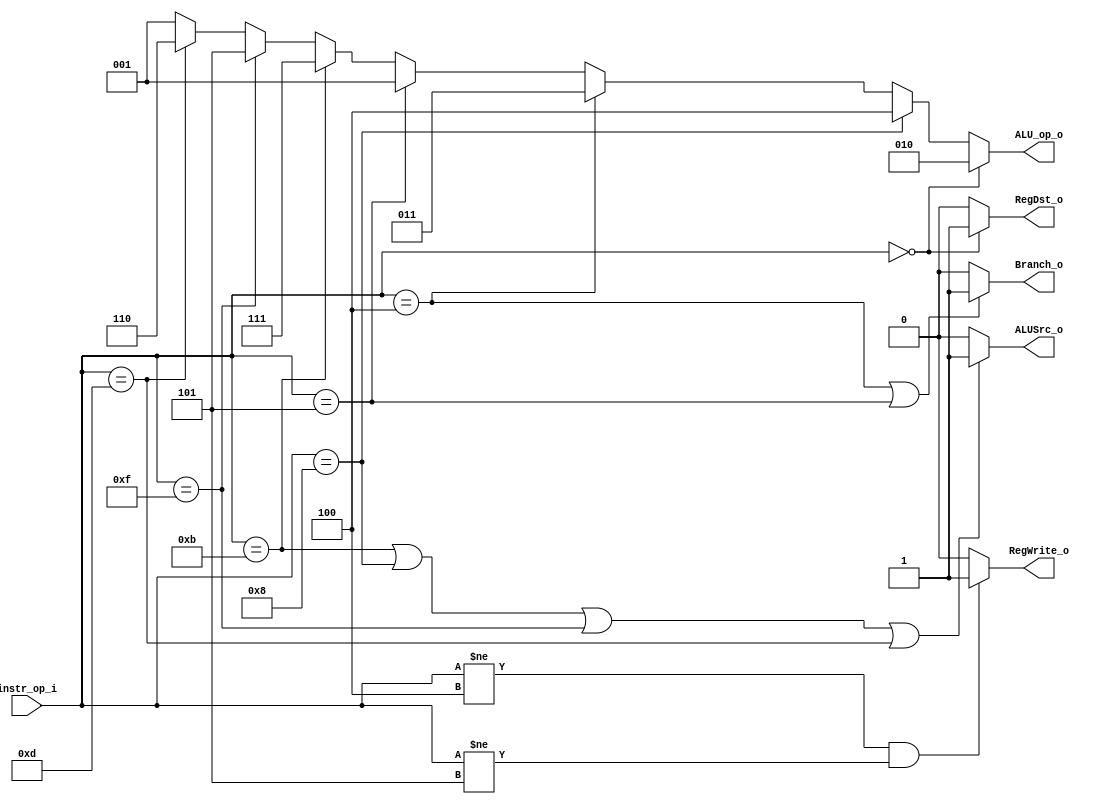
// 0613144  0613149 G

//Subject:     CO project 2 - Simple Single CPU
//--------------------------------------------------------------------------------
//Version:     1
//--------------------------------------------------------------------------------
//Writer:      0613144  0613149 G
//----------------------------------------------
//----------------------------------------------
//Description: 
//--------------------------------------------------------------------------------
module Decoder(
    instr_op_i,
	RegWrite_o,
	ALU_op_o,
	ALUSrc_o,
	RegDst_o,
	Branch_o
	);
     
//I/O ports
input  [6-1:0] instr_op_i;

output         RegWrite_o;
output [3-1:0] ALU_op_o;
output         ALUSrc_o;
output         RegDst_o;
output         Branch_o;
 
//Internal Signals
wire    [3-1:0] ALU_op_o;
wire            ALUSrc_o;
wire            RegWrite_o;
wire            RegDst_o;
wire            Branch_o;


//Parameter

assign RegDst_o = (instr_op_i == 6'b000000)? 1'b1:1'b0;
assign RegWrite_o = (instr_op_i != 6'b000100&&instr_op_i != 6'b000101)? 1'b1:1'b0;
assign Branch_o = (instr_op_i == 6'b000100 || instr_op_i == 6'b000101)? 1'b1:1'b0;
assign ALUSrc_o = (instr_op_i == 6'b001011||instr_op_i == 6'b001000||instr_op_i == 6'b001111||instr_op_i == 6'b001101)? 1'b1:1'b0;

// 010 => R-type
// 100 => addi
// 011 => beq
// 111 => slti
// 101 => lui
// 110 => ori
// 001 => bne

assign ALU_op_o = (instr_op_i == 6'b000000)? 3'b010: //addu subu slt sra srav or  and
                  (instr_op_i == 6'b001000)? 3'b100: //addi 
                  (instr_op_i == 6'b000100)? 3'b011: //beq
                  (instr_op_i == 6'b000101)? 3'b001: //bne
                  (instr_op_i == 6'b001011)? 3'b111: //sltiu 
                  (instr_op_i == 6'b001111)? 3'b101: //LUI
                  (instr_op_i == 6'b001101)? 3'b110:3'b001; //ORI

//Main function
endmodule